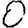
Digit: 0